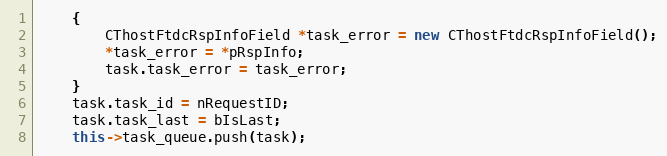
Language: C++
	{
		CThostFtdcRspInfoField *task_error = new CThostFtdcRspInfoField();
		*task_error = *pRspInfo;
		task.task_error = task_error;
	}
	task.task_id = nRequestID;
	task.task_last = bIsLast;
	this->task_queue.push(task);